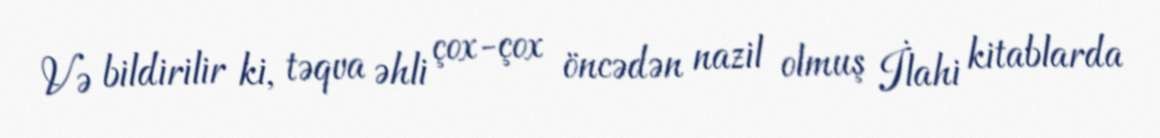
Və bildirilir ki, təqva əhli çox-çox öncədən nazil olmuş İlahi kitablarda